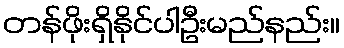
တန်ဖိုးရှိနိုင်ပါဦးမည်နည်း။